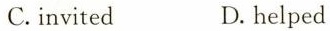
C.invited D.helped